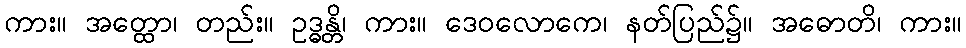
ကား။ အတ္ထော၊ တည်း။ ဥဒ္ဓန္တိ၊ ကား။ ဒေဝလောကေ၊ နတ်ပြည်၌။ အဓောတိ၊ ကား။